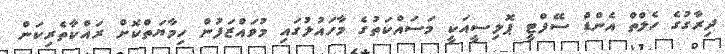
ދިރާގުގެ ހެލްތް އެންޑް ސޭފްޓީ ޕޮލިސީއަކީ މަސައްކަތުގެ މާހައުލުގައި މުވައްޒަފުން ހިމާޔަތްކޮށް ރައްކާތެރިކަން